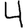
Digit: 4